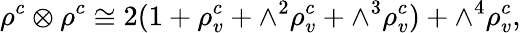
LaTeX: \rho^{c}\otimes\rho^{c}\cong 2(1+\rho_{v}^{c}+\wedge^{2}\rho_{v}^{c}+\wedge^{3}\rho_{v}^{c})+\wedge^{4}\rho_{v}^{c},